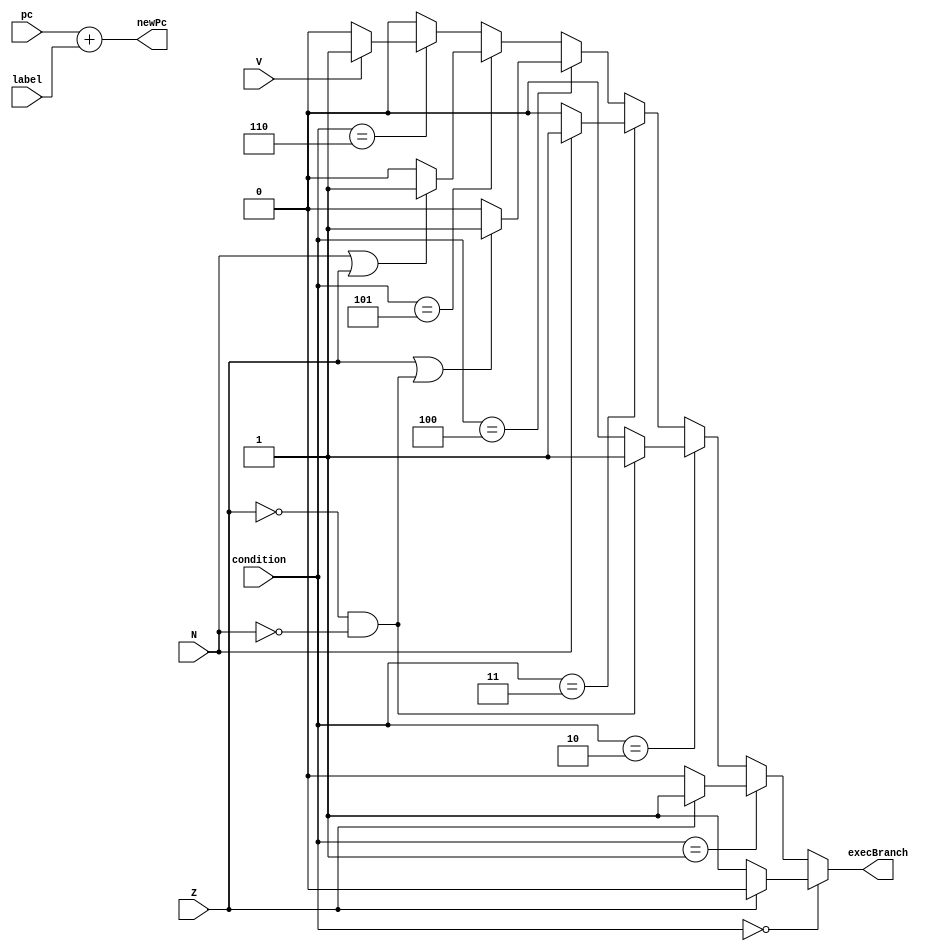
module branch(input [2:0] condition, input signed [8:0] label, input N, V, Z, input [15:0] pc,
		output reg [15:0] newPc, output reg execBranch);
	
	always @ (*) begin

		newPc = pc + label;
      execBranch = 1'b0;
		// Condition is not equal
		if (condition == 3'b000) begin
			if (Z == 1'b0) begin
				execBranch = 1'b1;
			end
		end
		
		// Condition is equal
		else if (condition == 3'b001) begin
			if (Z == 1'b1) begin
				execBranch = 1'b1;
			end
		end
		
		// Condition is greater than
		else if (condition == 3'b010) begin
			if (Z == 1'b0 && N == 1'b0) begin
				execBranch = 1'b1;
			end
		end

		// Condition is less than
		else if (condition == 3'b011) begin
			if (N == 1'b1) begin	
				execBranch = 1'b1;
			end
		end

		// Condition is greater than or equal
		else if (condition == 3'b100) begin
			if (Z == 1'b1 || (Z == 1'b0 && N == 1'b0)) begin
				execBranch = 1'b1;
			end
		end

		// Condition is less than or equal
		else if (condition == 3'b101) begin
			if (N == 1'b1 || Z == 1'b1) begin
				execBranch = 1'b1;
			end
		end

		// Condition is overflow
		else if (condition == 3'b110) begin
			if (V == 1'b1) begin
				execBranch = 1'b1;
			end
		end
		
		// Unconditional
		else begin
			execBranch = 1'b0;
		end
		

	end

endmodule